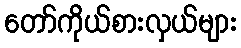
တော်ကိုယ်စားလှယ်များ